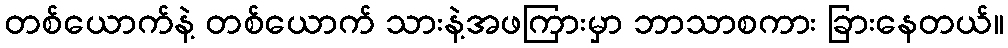
တစ်ယောက်နဲ့ တစ်ယောက် သားနဲ့အဖကြားမှာ ဘာသာစကား ခြားနေတယ်။